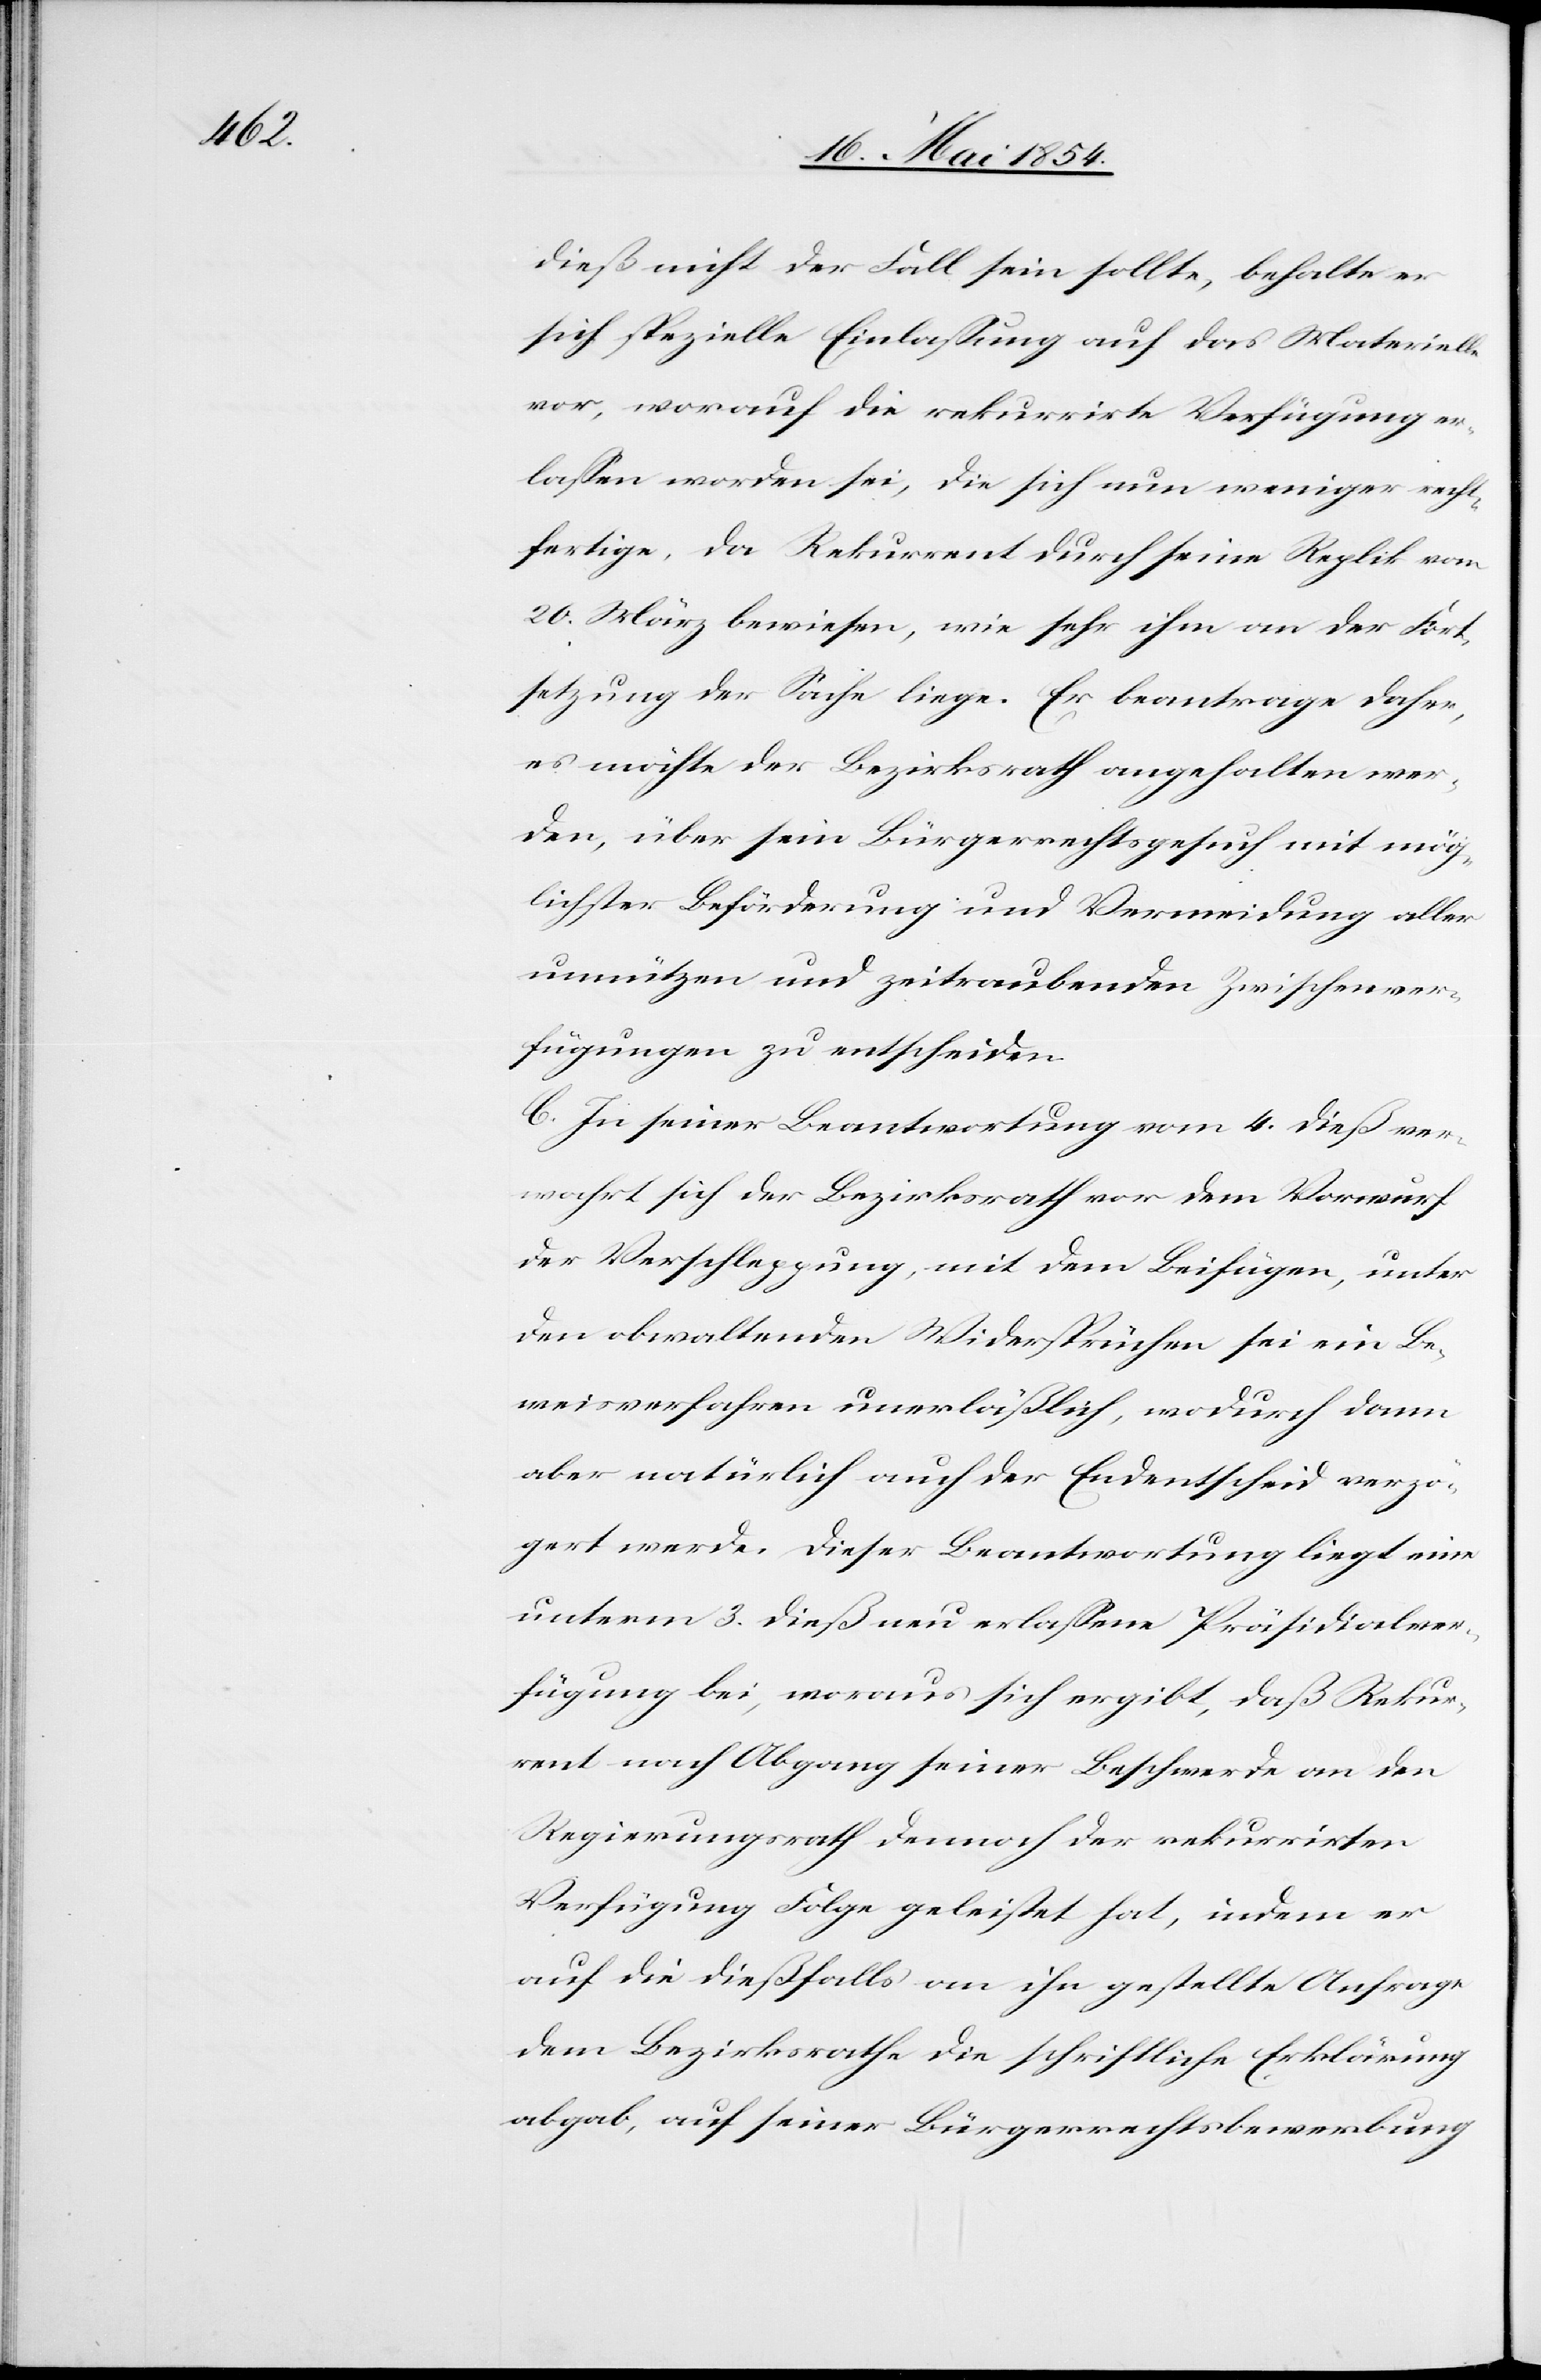
dieß nicht der Fall sein sollte, behalte er
sich spezielle Einlaßung auf das Materielle
vor, worauf die rekurrirte Verfügung er¬
laßen worden sei, die sich nun weniger recht¬
fertige, da Rekurrent durch seine Replik vom
20. März bewiesen, wie sehr ihm an der Fort¬
setzung der Sache liege. Er beantrage daher,
es möchte der Bezirksrath angehalten wer¬
den, über sein Bürgerrechtsgesuch mit mög¬
lichster Beförderung und Vermeidung aller
unnützen und zeitraubenden Zwischenver¬
fügungen zu entscheiden.
B. In seiner Beantwortung vom 4. dieß ver¬
wahrt sich der Bezirksrath vor dem Vorwurf
der Verschleppung, mit dem Beifügen, unter
den obwaltenden Widersprüchen sei ein Be¬
weisverfahren unerläßlich, wodurch dann
aber natürlich auch der Endentscheid verzö¬
gert werde. Dieser Beantwortung liegt eine
unterm 3. dieß neu erlaßene Präsidialver¬
fügung bei, woraus sich ergibt, daß Rekur¬
rent nach Abgang seiner Beschwerde an den
Regierungsrath dennoch der rekurrirten
Verfügung Folge geleistet hat, indem er
auf die dießfalls an ihn gestellte Anfrage
dem Bezirksrathe die schriftliche Erklärung
abgab, auf seiner Bürgerrechtsbewerbung